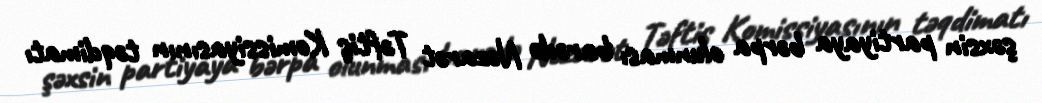
şəxsin partiyaya bərpa olunması barədə Nəzarət Təftiş Komissiyasının təqdimatı